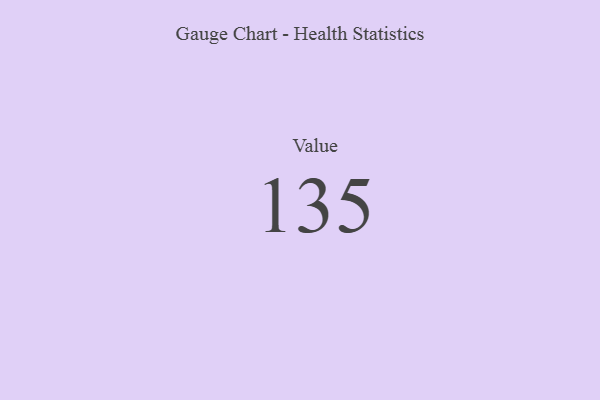
{"axis": {"x": "Metric", "y": "Value"}, "legend": [""], "data": [{"x": "Value", "y": 135, "type": ""}]}